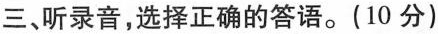
三、听录音,选择正确的答语。( 10 分)